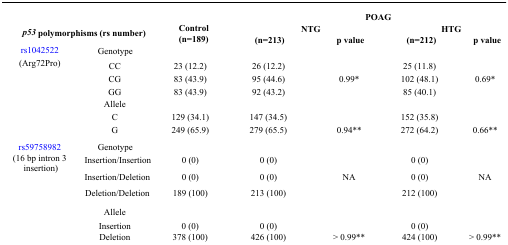
| <ROWSPAN=3-COLSPAN=2> p53 polymorphisms (rs number) | <ROWSPAN=3> Control (n=189) | <COLSPAN=4> POAG |
 | <COLSPAN=2> NTG | <COLSPAN=2> HTG |
 | (n=213) | p value | (n=212) | p value |
 | --- | --- | --- | --- | --- | --- | --- |
 | <ROWSPAN=7> rs1042522 (Arg72Pro) | Genotype | <COLSPAN=5>  |
 | CC | 23 (12.2) | 26 (12.2) |  | 25 (11.8) |  |
 | CG | 83 (43.9) | 95 (44.6) | 0.99* | 102 (48.1) | 0.69* |
 | GG | 83 (43.9) | 92 (43.2) |  | 85 (40.1) |  |
 | Allele |  |  |  |  |  |
 | C | 129 (34.1) | 147 (34.5) |  | 152 (35.8) |  |
 | G | 249 (65.9) | 279 (65.5) | 0.94** | 272 (64.2) | 0.66** |
 | <ROWSPAN=7> rs59758982 (16 bp intron 3 insertion) | Genotype | <COLSPAN=5>  |
 | Insertion/ Insertion | 0 (0) | 0 (0) |  | 0 (0) |  |
 | Insertion/ Deletion | 0 (0) | 0 (0) | NA | 0 (0) | NA |
 | Deletion/ Deletion | 189 (100) | 213 (100) |  | 212 (100) |  |
 | Allele |  |  |  |  |  |
 | Insertion | 0 (0) | 0 (0) |  | 0 (0) |  |
 | Deletion | 378 (100) | 426 (100) | > 0.99** | 424 (100) | > 0.99** |